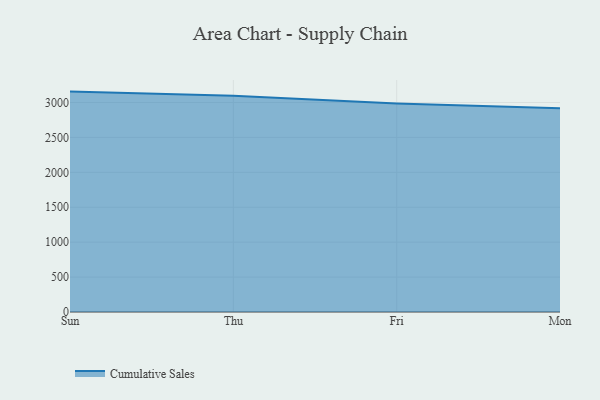
{"axis": {"x": "Day", "y": "Bounce Rate (%)"}, "legend": ["Cumulative Sales"], "data": [{"x": "Sun", "y": 3156.1, "type": "Cumulative Sales"}, {"x": "Thu", "y": 3098.0, "type": "Cumulative Sales"}, {"x": "Fri", "y": 2984.5, "type": "Cumulative Sales"}, {"x": "Mon", "y": 2918.3, "type": "Cumulative Sales"}]}